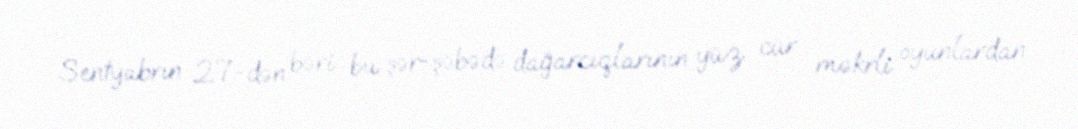
Sentyabrın 27-dən bəri bu şər-şəbədə dağarcıqlarının yüz cür məkrli oyunlardan